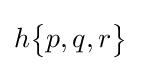
h{\begin{Bmatrix}p,q,r\end{Bmatrix}}